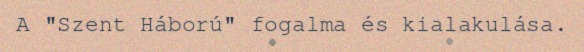
A "Szent Háború" fogalma és kialakulása.